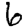
Digit: 6